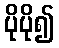
ပိုပို၍